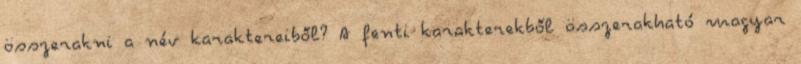
összerakni a név karaktereiből? A fenti karakterekből összerakható magyar